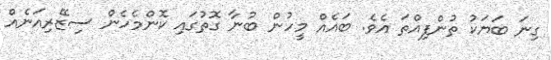
ގިނަ ބަޔަކު ތުންފިއްތަ އެވެ. ބައެއް މީހުން ބުނާ ގޮތުގައި ކޮންމެހެން ސިޒޭރިއަނެއް